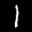
Label: 1